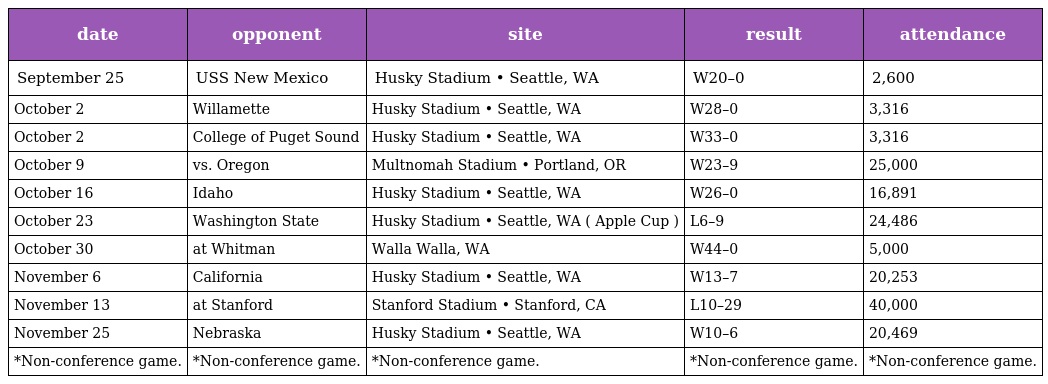
| date | opponent | site | result | attendance |
 | --- | --- | --- | --- | --- |
 | September 25 | USS New Mexico | Husky Stadium • Seattle, WA | W20–0 | 2,600 |
 | October 2 | Willamette | Husky Stadium • Seattle, WA | W28–0 | 3,316 |
 | October 2 | College of Puget Sound | Husky Stadium • Seattle, WA | W33–0 | 3,316 |
 | October 9 | vs. Oregon | Multnomah Stadium • Portland, OR | W23–9 | 25,000 |
 | October 16 | Idaho | Husky Stadium • Seattle, WA | W26–0 | 16,891 |
 | October 23 | Washington State | Husky Stadium • Seattle, WA ( Apple Cup ) | L6–9 | 24,486 |
 | October 30 | at Whitman | Walla Walla, WA | W44–0 | 5,000 |
 | November 6 | California | Husky Stadium • Seattle, WA | W13–7 | 20,253 |
 | November 13 | at Stanford | Stanford Stadium • Stanford, CA | L10–29 | 40,000 |
 | November 25 | Nebraska | Husky Stadium • Seattle, WA | W10–6 | 20,469 |
 | *Non-conference game. | *Non-conference game. | *Non-conference game. | *Non-conference game. | *Non-conference game. |